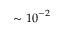
\sim { 1 0 } ^ { - 2 }